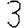
Digit: 3